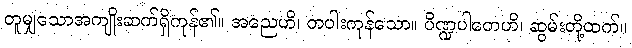
တူမျှသောအကျိုးဆက်ရှိကုန်၏။ အညေဟိ၊ တပါးကုန်သော။ ပိဏ္ဍပါတေဟိ၊ ဆွမ်းတို့ထက်။